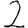
Digit: 2